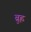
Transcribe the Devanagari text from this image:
ब्रुह्ल